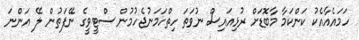
ހަމައެއާއެކު ކަންކަމާ މާބޮޑަށް ރުޅިއައިސް ނުވަތަ ހިތްހަމަނުޖެހުމުން ސްޓީވީގެ ނޭފަތުން ލޭ އަންނަ